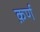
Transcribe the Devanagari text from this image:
क़र्ण